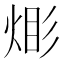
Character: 𪸹